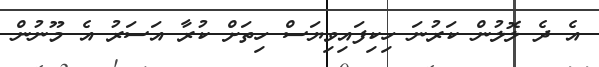
އެ ދެ ލޮލުން ކަރުނަ ހިކިފައިވިޔަސް ހިތަށް ކުރާ އަސަރު އެ މޫނުން